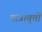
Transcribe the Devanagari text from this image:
यात्रावृत्तों